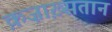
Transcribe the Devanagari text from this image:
क़ज़ाख़्सतान